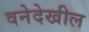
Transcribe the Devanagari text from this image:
वनेदेखील